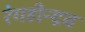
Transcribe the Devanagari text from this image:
रंगहीन्द्रव